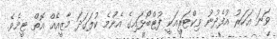
ވަނަ އަހަރު އުފެދުނު ވިކްޓަރީއަކީ ފުޓްބޯޅައިގެ އެންމެ ކުލަގަދަ މާޒީއެއް އޮތް ޓީމެވެ.